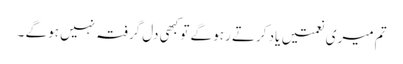
تم میری نعمتیں یاد کرتے رہو گے تو کبھی دل گرفتہ نہیں ہو گے ۔